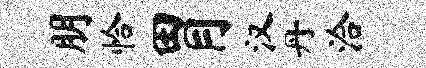
朋恰胃汉丹洽